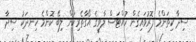
ސިދާ ކިތަންމެ ފޮރުވައިގެން ހުއްޓަސް ލާވީގެ އޯގާތެރިކަން ލިބޭ ކޮންމެ ހިނދަކު ސިދާ